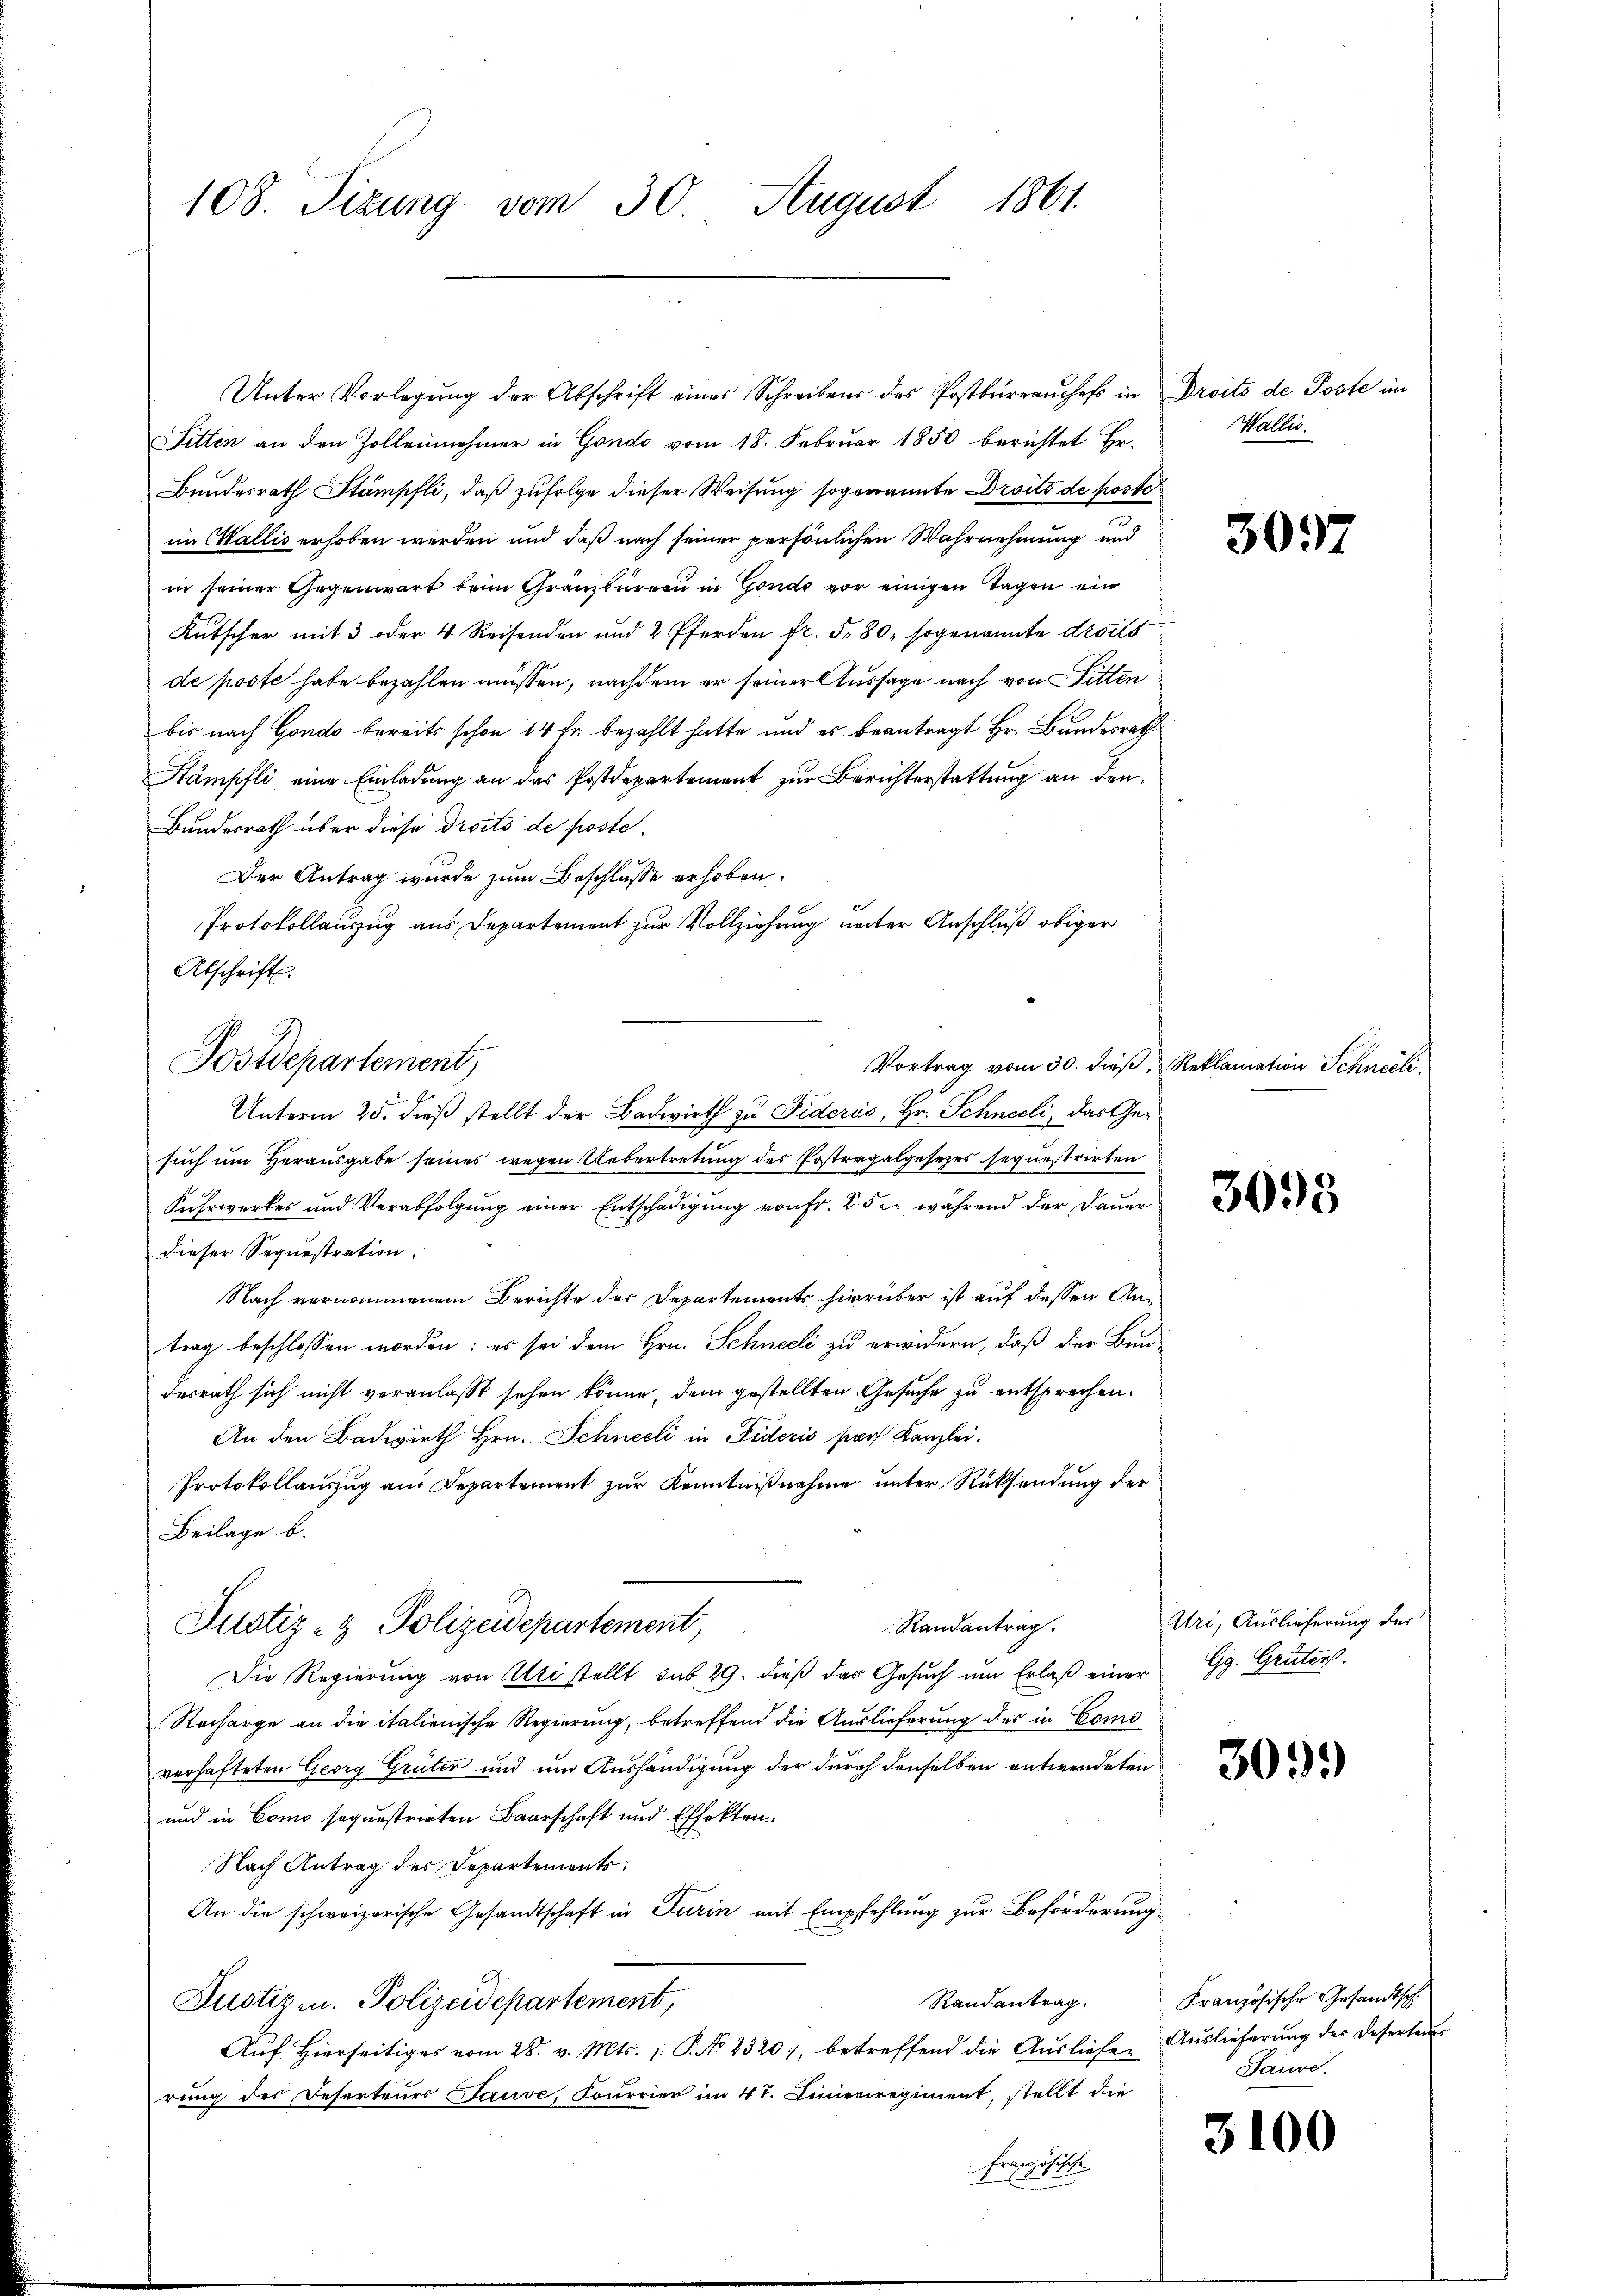
108. Sizung vom 30 August 1861.

Sitten an den Zollennehmer in Gondo vom 18. Februar 1850 berichtet Hr.
Bundesrath Stämpfli, daß zufolge dieser Weisung sogenannte Droits de poste
im Wallis erhoben werden und daß nach seiner persönlichen Wahrnehmung und
in seiner Gegenwart beim Gränzbüreau in Gondo vor einigen Tagen ein
Kutscher mit 3 oder 4 Reisenden und 2 Pferden fr. 5. 80, sogenannte droits
de poste habe bezahlen müssen, nachdem er seiner Aussage nach von Fitten
bis nach Gondo bereits schon 14 fr. bezahlt hatte und es beantragt Hr. Bundesrath
Stämpfli eine Einladung an das Postdepartement zur Berichterstattung an den
Bundesrath über diese Droits de poste¬
Der Antrag wurde zum Beschlusse erhoben.
Unterm 25. dieß stellt der Badwirth zu Fideris, Hr. Schneeli, das Gesuch um Herausgabe seines wegen Uebertretung des Postergalgesetzes sequestrirten
Fuhrwerkes und Verabfolgung einer Entschädigung von Fr. 2. 5 c. während der Dauer
dieser Sequestration.
Nach vernommenem Berichte der Departements hierüber ist auf dessen Antrag beschlossen worden: es sei dem Hrn. Schneeli zu erwidern, daß der Bun-
desrath sich nicht veranlaßt sehen könne, dem gestellten Gesuche zu entsprechen.
An den Badwirth Hrn. Schneeli in Fideris par Kanzlei.
Protokollauszug aus Departement zur Kenntnißnahme unter Rücksendung der
Beilage b.
Randantrag.
Justiz- & Polizeidepartement,
Die Regierung von Uri stellt sub 29. dieß das Gesuch um Erlaß einer
Recharge an die italienische Regierung, betreffend die Auslieferung des in Como
verhafteten Georg Grüter und um Aushändigung der durch denselben entwendeten
und in Como sequestrirten Baarschaft und Effekten.
Nach Antrag des Departements
An die schweizerische Gesandtschaft in Turin mit Empfehlung zur Beförderung¬
Justiz u. Polizeidepartement,
Auf hierseitiges vom 28. v. Mts. /: P. No 2320), betreffend die Ausliefe, Auslieferung des Deserten
rung des Reserteurs Lauve, Fourrier im 4t. Linierregiment, stellt die
Französische

Protokollauszug aus Departement zur Vollziehung unter Anschluß obiger
Abschrift
Postdepartement,

Unter Vorlegung der Abschrift eines Schreibens des Postbüreaŭches in Droits de Poste im

Vortrag vom 30. dieß, Reklamation Schneeli

Wallis.

3097

3095

Uri, Auslieferung des
Gg. Grüters.

3033

Randantrag. Französische Gesandtsch.
Sause.

3100